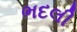
ભદલી